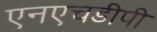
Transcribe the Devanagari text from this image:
एनएचडीपी